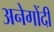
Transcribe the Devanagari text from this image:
अनेगोंदी